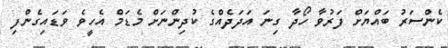
ކެންސަރު ބައްޔަށް ފަރުވާ ހޯދާ ގިނަ އަދަދެއްގެ ކުދިންނަށް މެޑަމް އެހީވެ ވަޑައިގެންފި